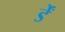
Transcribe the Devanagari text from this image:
र्डें